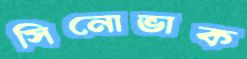
সিনোভাক